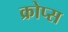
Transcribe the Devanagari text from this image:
क्रोप्स